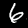
Digit: 6